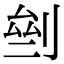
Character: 𠜸